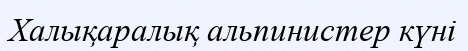
Халықаралық альпинистер күні